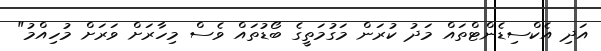
އަދި އެކްސިޑެންޓްތައް މަދު ކުރަން މަގުމަތީގެ ބޯޑުތައް ވެސް މިހާރަށް ވަރަށް މުހިއްމު"